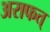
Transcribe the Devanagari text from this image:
अराफत्